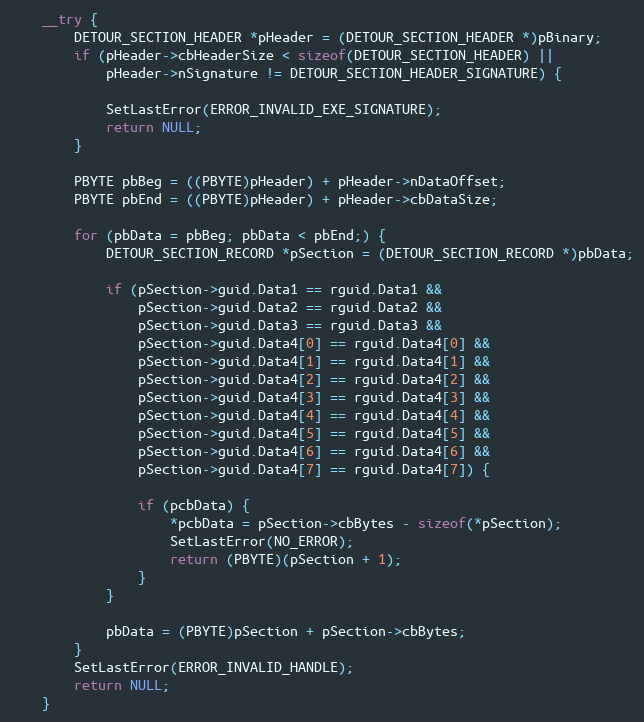
Language: C++
    __try {
        DETOUR_SECTION_HEADER *pHeader = (DETOUR_SECTION_HEADER *)pBinary;
        if (pHeader->cbHeaderSize < sizeof(DETOUR_SECTION_HEADER) ||
            pHeader->nSignature != DETOUR_SECTION_HEADER_SIGNATURE) {

            SetLastError(ERROR_INVALID_EXE_SIGNATURE);
            return NULL;
        }

        PBYTE pbBeg = ((PBYTE)pHeader) + pHeader->nDataOffset;
        PBYTE pbEnd = ((PBYTE)pHeader) + pHeader->cbDataSize;

        for (pbData = pbBeg; pbData < pbEnd;) {
            DETOUR_SECTION_RECORD *pSection = (DETOUR_SECTION_RECORD *)pbData;

            if (pSection->guid.Data1 == rguid.Data1 &&
                pSection->guid.Data2 == rguid.Data2 &&
                pSection->guid.Data3 == rguid.Data3 &&
                pSection->guid.Data4[0] == rguid.Data4[0] &&
                pSection->guid.Data4[1] == rguid.Data4[1] &&
                pSection->guid.Data4[2] == rguid.Data4[2] &&
                pSection->guid.Data4[3] == rguid.Data4[3] &&
                pSection->guid.Data4[4] == rguid.Data4[4] &&
                pSection->guid.Data4[5] == rguid.Data4[5] &&
                pSection->guid.Data4[6] == rguid.Data4[6] &&
                pSection->guid.Data4[7] == rguid.Data4[7]) {

                if (pcbData) {
                    *pcbData = pSection->cbBytes - sizeof(*pSection);
                    SetLastError(NO_ERROR);
                    return (PBYTE)(pSection + 1);
                }
            }

            pbData = (PBYTE)pSection + pSection->cbBytes;
        }
        SetLastError(ERROR_INVALID_HANDLE);
        return NULL;
    }